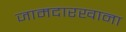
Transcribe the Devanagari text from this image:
जामदारखाना